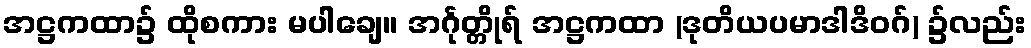
အဋ္ဌကထာ၌ ထိုစကား မပါချေ။ အင်္ဂုတ္တိုရ် အဋ္ဌကထာ (ဒုတိယပမာဒါဒိဝဂ်) ၌လည်း